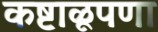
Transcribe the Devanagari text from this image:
कष्टाळूपणा